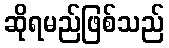
ဆိုရမည်ဖြစ်သည်